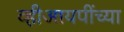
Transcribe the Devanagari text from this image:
व्हीआयपींच्या